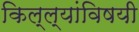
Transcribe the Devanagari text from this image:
किल्ल्यांविषयी